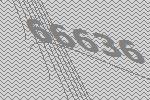
66636